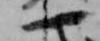
一